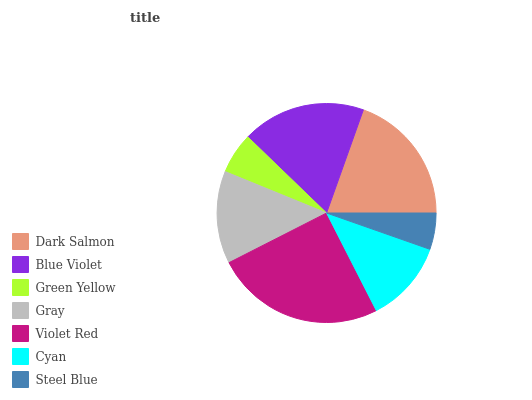
| Dark Salmon | Blue Violet | Green Yellow | Gray | Violet Red | Cyan | Steel Blue |
 | --- | --- | --- | --- | --- | --- | --- |
 | 19.6% | 18.3% | 6.06% | 13.6% | 25% | 12.1% | 5.37% |